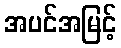
အပင်အမြင့်